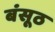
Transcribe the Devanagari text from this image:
बंसूठ